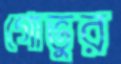
গোভুর